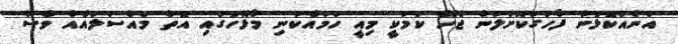
އަނެއްކޮޅުން ފާހަގަކޮށްލަން ޖެހޭ ކަމަކީ މިއީ ހަމައެކަނި މާޅޮހުގައި އޮތް މައްސަލައެއް ވެސް